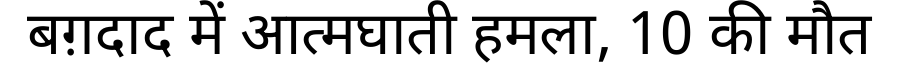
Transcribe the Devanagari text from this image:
बग़दाद में आत्मघाती हमला, 10 की मौत